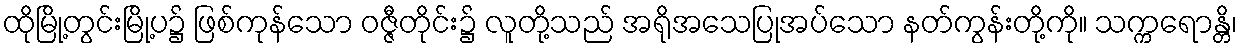
ထိုမြို့တွင်းမြို့ပ၌ ဖြစ်ကုန်သော ဝဇ္ဇီတိုင်း၌ လူတို့သည် အရိုအသေပြုအပ်သော နတ်ကွန်းတို့ကို။ သက္ကရောန္တိ၊